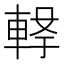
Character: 𲄸